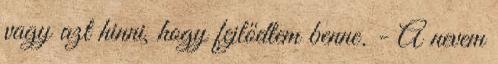
vagy azt hinni, hogy fejlődtem benne. - A nevem